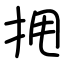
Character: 𫝺